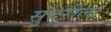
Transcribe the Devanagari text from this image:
सुंदरीला